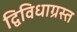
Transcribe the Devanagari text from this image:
द्विविधाग्रस्त